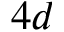
4 d